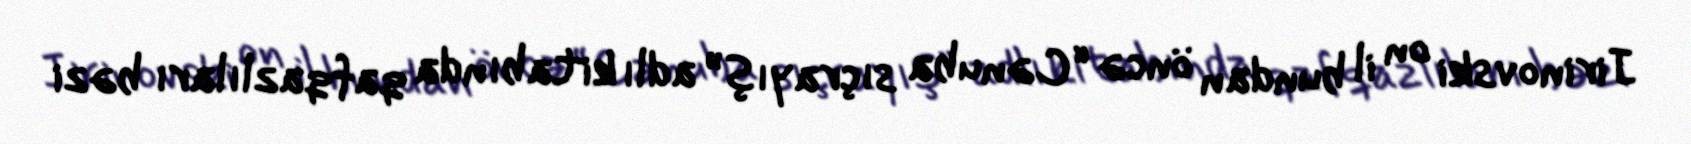
Jirinovski on il bundan öncə “Cənuba sıçrayış” adlı kitabında qafqazlıları bəzi